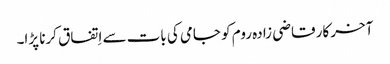
آخر کار قاضی زادہ روم کو جامی کی بات سے اِتفاق کرنا پڑا۔